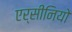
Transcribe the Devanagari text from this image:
एर्सीनियो